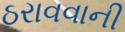
ઠરાવવાની